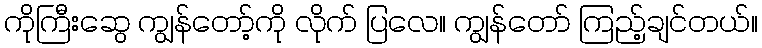
ကိုကြီးဆွေ ကျွန်တော့်ကို လိုက် ပြလေ။ ကျွန်တော် ကြည့်ချင်တယ်။